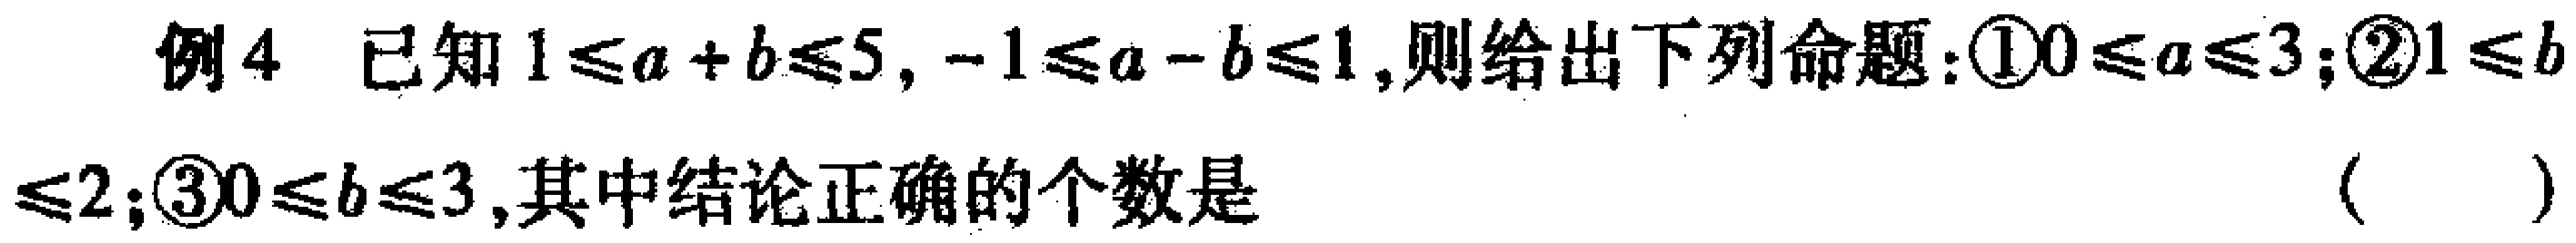
例4 已知\(1\leq a + b\leq5\)，\(-1\leq a - b\leq1\)，则给出下列命题：\textcircled{1}\(0\leq a\leq3\)；\textcircled{2}\(1\leq b\)

\(\leq2\)；\textcircled{3}\(0\leq b\leq3\)，其中结论正确的个数是 （  ）